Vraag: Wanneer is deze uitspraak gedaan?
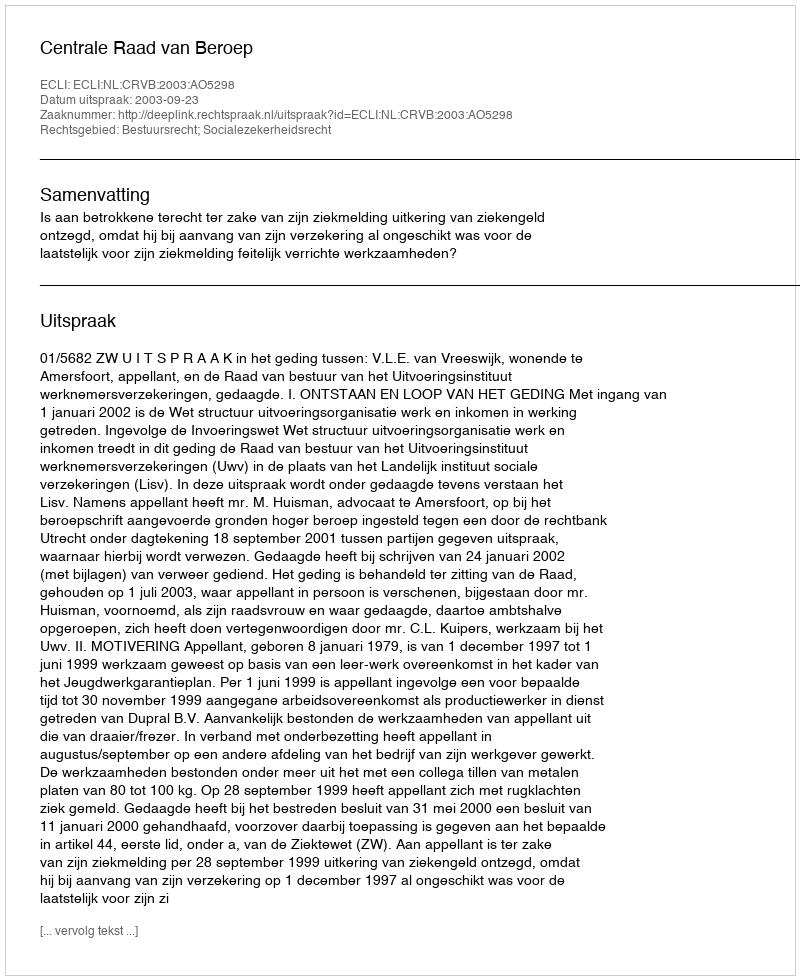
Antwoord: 2003-09-23